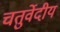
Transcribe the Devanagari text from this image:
चतुर्वेदीय